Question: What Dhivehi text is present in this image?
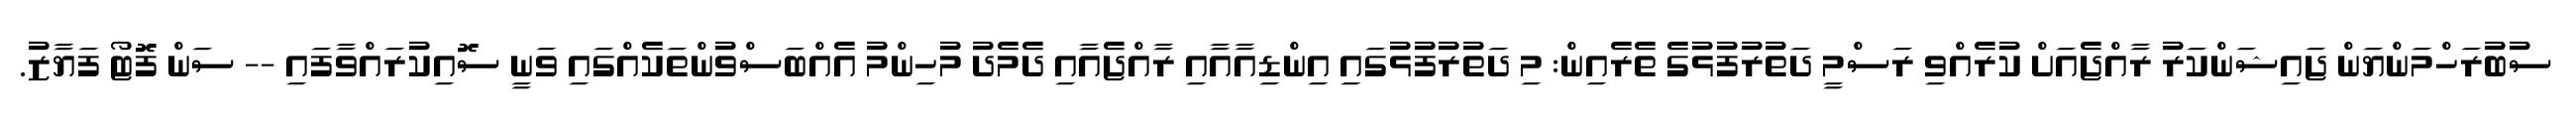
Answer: ސުބުރަހްމަންޔަން ޖައިޝަންކަރު ރާއްޖެއަށް ކުރެއްވި ރަސްމީ ދަތުރުފުޅުގެ ތެރެއިން: މި ދަތުރުފުޅުގައި އިންޑިއާއާއި ރާއްޖެއާއި ދެމެދު މުހިންމު އެއްބަސްވުންތަކެއްގައި ވަނީ ސޮއިކުރައްވާފައި -- ސަން ފޮޓޯ ފަޔާޒު.